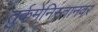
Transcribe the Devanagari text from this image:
तुर्कमेनिस्तानवर